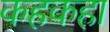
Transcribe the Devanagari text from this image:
कहकहा